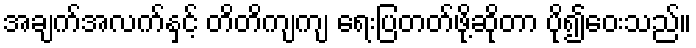
အချက်အလက်နှင့် တိတိကျကျ ရေးပြတတ်ဖို့ဆိုတာ ပို၍ဝေးသည်။